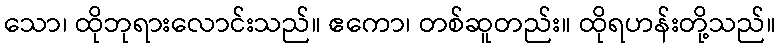
သော၊ ထိုဘုရားလောင်းသည်။ ဧကော၊ တစ်ဆူတည်း။ ထိုရဟန်းတို့သည်။